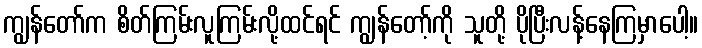
ကျွန်တော်က စိတ်ကြမ်းလူကြမ်းလို့ထင်ရင် ကျွန်တော့်ကို သူတို့ ပိုပြီးလန့်နေကြမှာပေါ့။